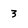
Character: 3